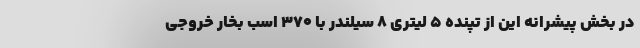
در بخش پیشرانه این از تپنده 5 لیتری 8 سیلندر با 370 اسب بخار خروجی